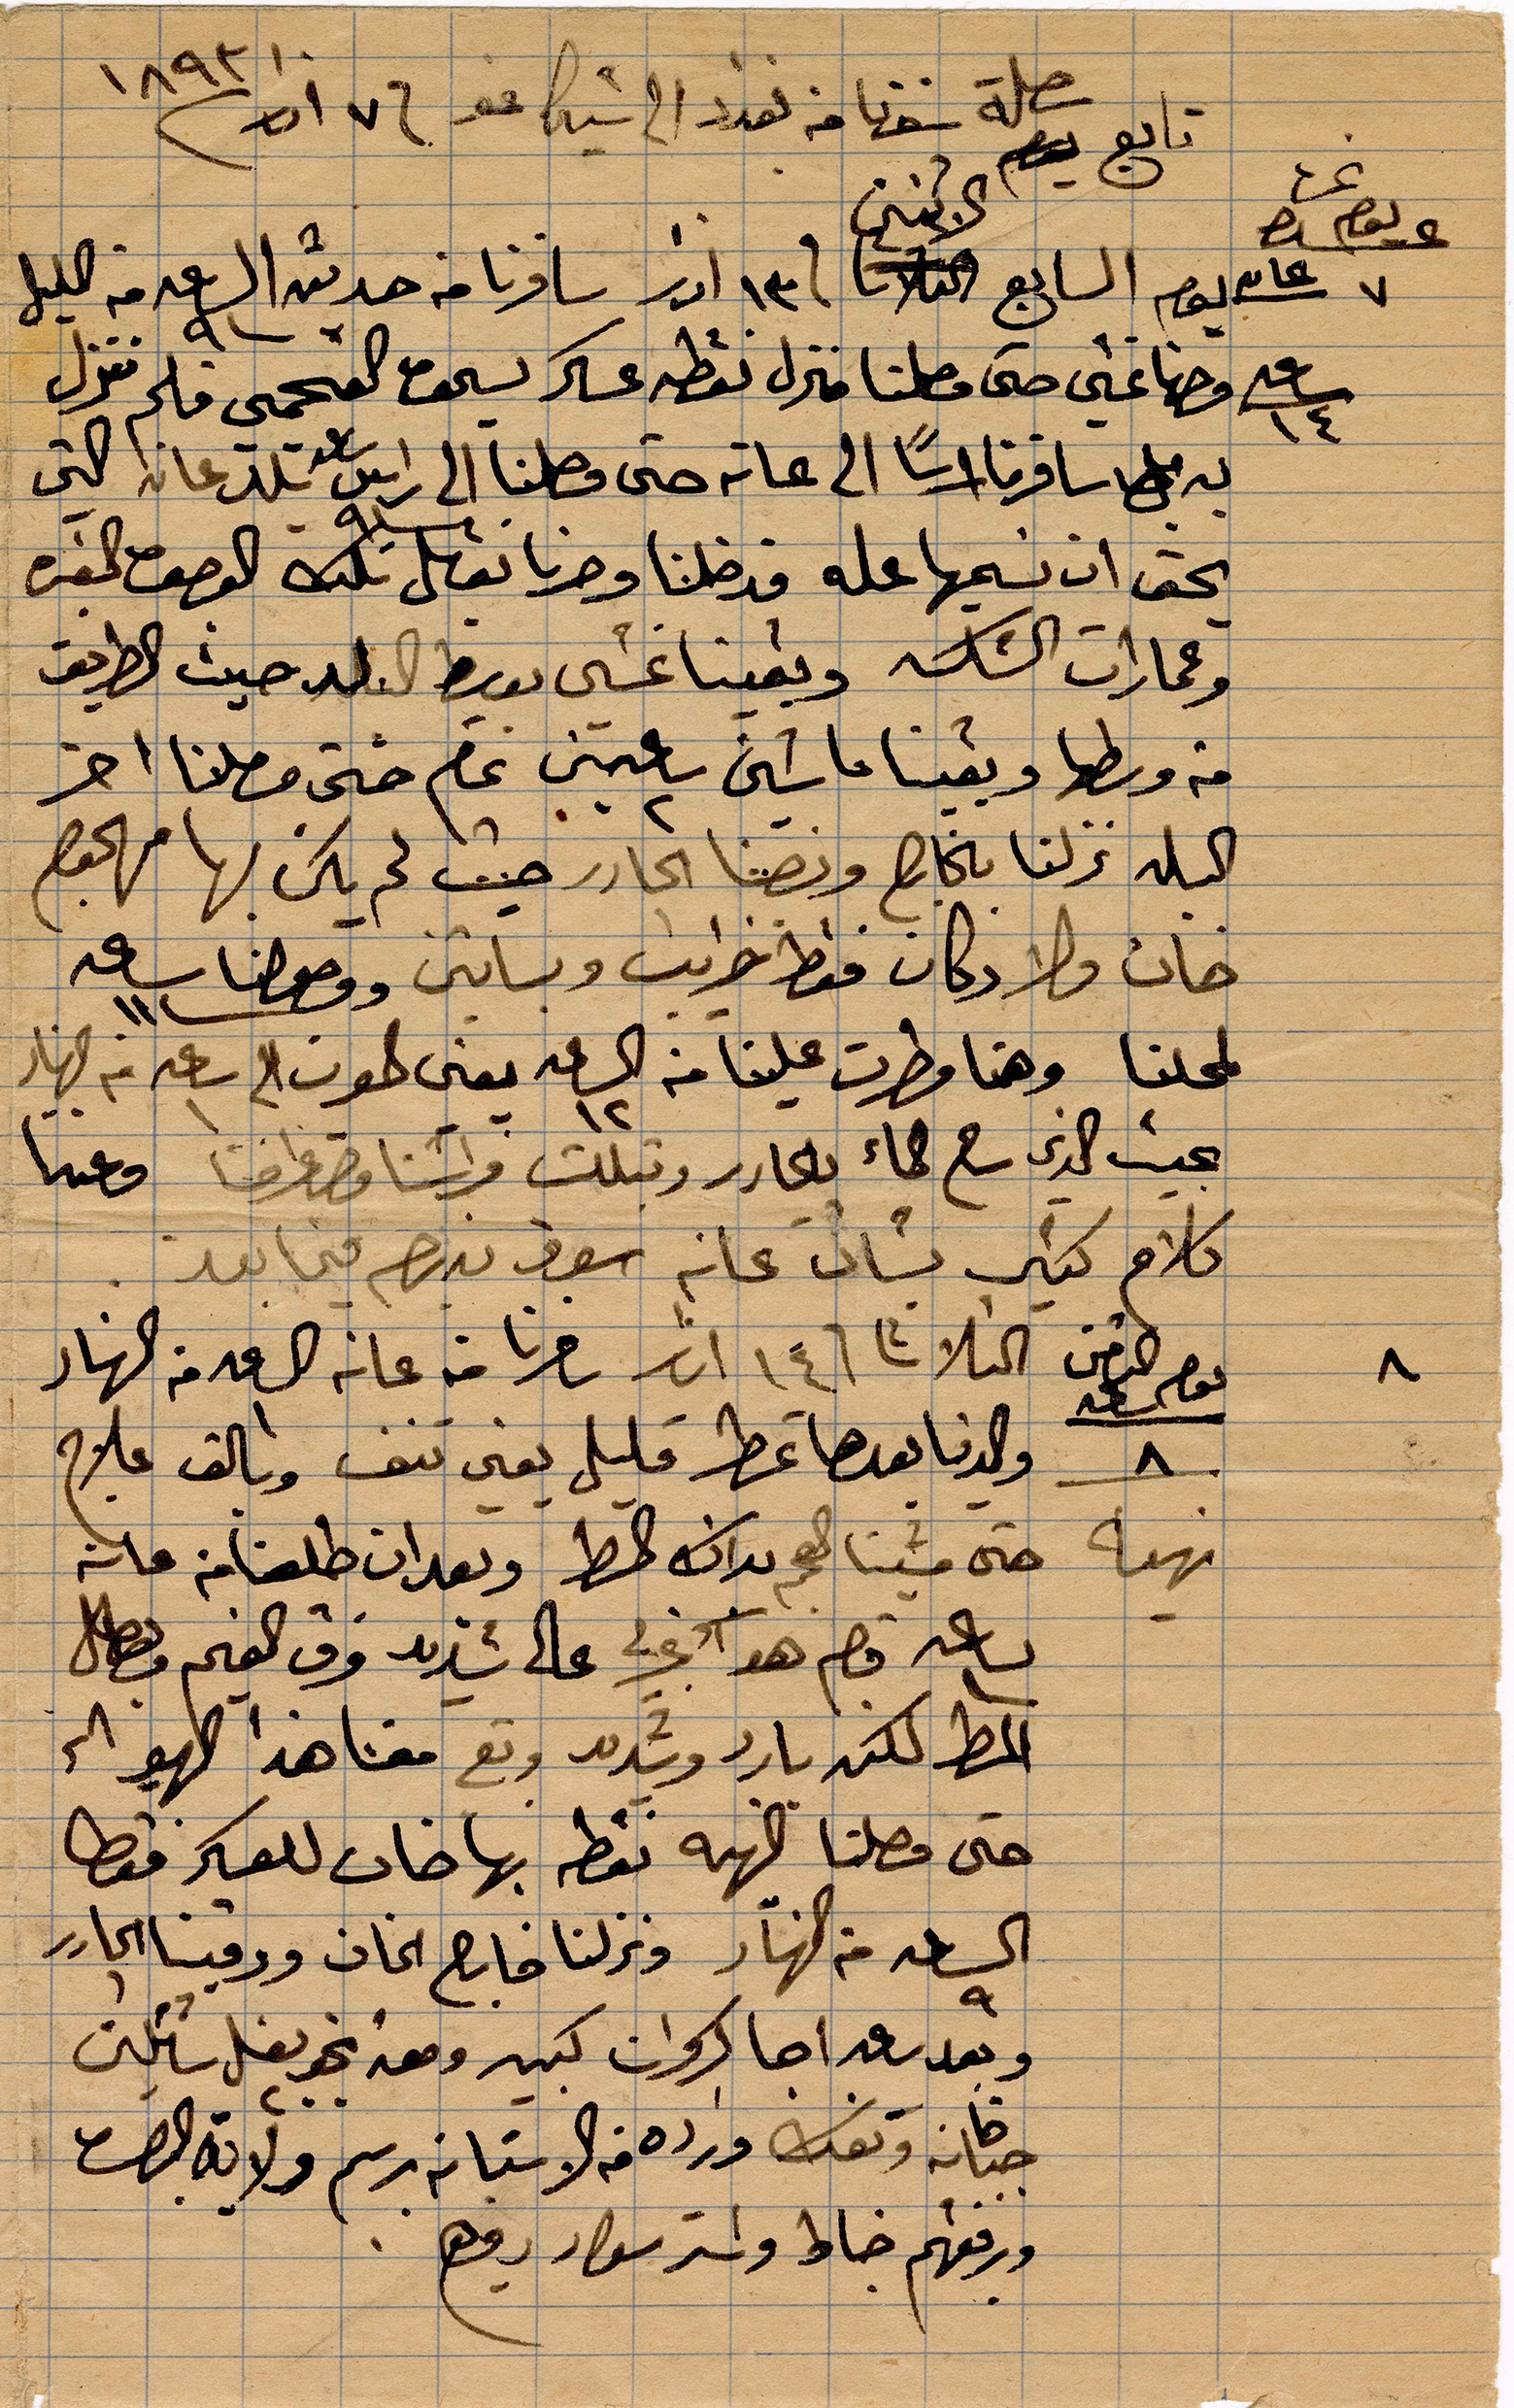
تابع رحلة سفرنا من بغداد الى شيكاغو ف ١٧ آذار ١٨٩٣
يوم السابع الثلاثا في ١٣ اذار سافرنا من حديثه الساعة ٩ من الليل
فضاعني حتى وصلنا منزل نقطة عسكر يسحق العجمي فلم ننزل
به بل سافرنا راسًا الى عانه حتى وصلنا الى راس تلم عانه اكثر
يحق ان نسميها عله فدلخنا وصرنا ...الوصف الحفرة
وعمارات الشكل وبقينا نمسي بقيظ البلد حيث الطريق
من وسطها وبقينا ماشين ساعتين ... حتى وصلنا اخر
اكسلة نزلنا ... وننصنا الجادر حيث لم يكن لها معجع
خان ولا دكان فقط خرايب وبساتين ووصلنا ساعة ١١
لمحلنا وهنا مطرت علينا من الساعة ١٢ يعني ...الى ساعة ١ من النهار
بحيث الذي ... الماء ينحدر وتبللت فراشنا فصرنا ...
كلام كثير يشأن عانه بسوق نبهم فيما بعد
يوم الثامن الثلاثا في ١٤ اذاؤ سافرنا من عانة الساعة ١ من النهار
والدنيا بعدها تمطر فليل يعني تنف وبالق علاج
حتى مشينا من هناك الشط وبعدان طلعنا من عانة
الساعة ... هذا ...علي ضديد فرق الفحم ...
المطر لكنه بارد وشديد وقع معنا هذا ...
حتى وصلنا ... نقطة بها خان للعسكر فقط
الساعة ٩ من النهار ونزلنا خارج الخان ورقينا ...
وبعد ساعة اجا كسروان كبير ومعه نحو ...
جبانة و.. ورده من الاستانة رسم ولاي البصرة
ورفيقهم خياط ...